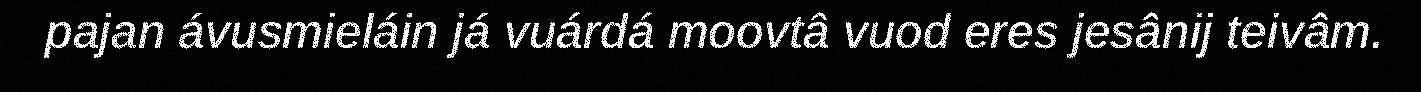
pajan ávusmieláin já vuárdá moovtâ vuod eres jesânij teivâm.